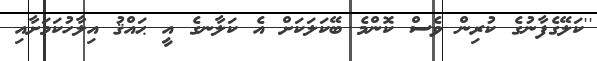
''ކަލޭގެފާނުގެ ކުރިން ވެސް ކޮންމެ ބޭކަލަކަށް އެ ކަލާނގެ އީ ޙައްޤު އިލާހުކަމަށާއި